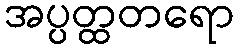
အပ္ပတ္ထတရော